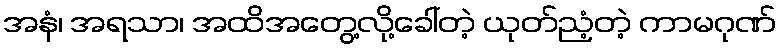
အနံ၊ အရသာ၊ အထိအတွေ့လို့ခေါ်တဲ့ ယုတ်ညံ့တဲ့ ကာမဂုဏ်